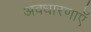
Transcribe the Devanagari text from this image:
अवधारणाएॅ